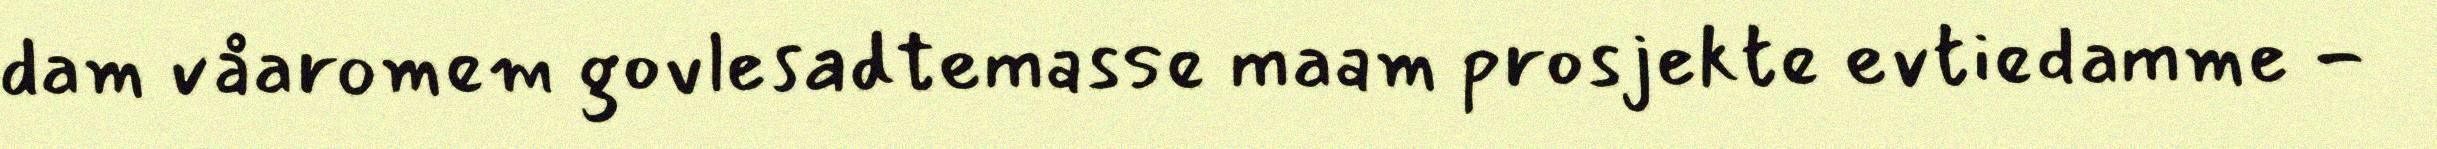
dam våaromem govlesadtemasse maam prosjekte evtiedamme -